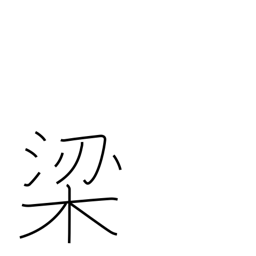
Meaning: fish trap